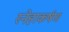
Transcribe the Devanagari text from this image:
स्नेहाकर्षण